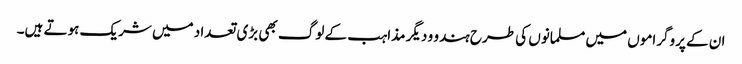
ان کے پروگراموں میں مسلمانوں کی طرح ہندو و دیگر مذاہب کے لوگ بھی بڑی تعداد میں شریک ہوتے ہیں۔